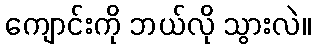
ကျောင်းကို ဘယ်လို သွားလဲ။